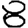
Digit: 8